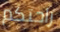
راحتكم